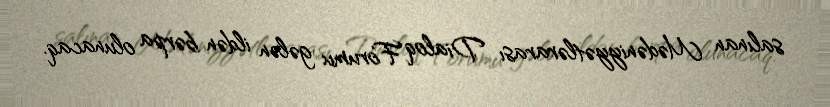
salınan Mədəniyyətlərarası Dialoq Forumu gələn ildən bərpa olunacaq.